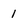
Character: 1